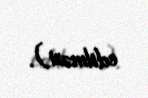
edilməsi).